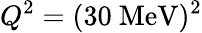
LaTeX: Q^{2}=(30~\mathrm{MeV})^{2}